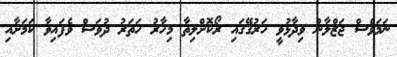
ނަމަވެސް ޖަޒްލާން ވިދާޅުވީ ހަރުގޭގައި ރޯކޮށްލިތާ މިހާރު ހަތަރު ދުވަސް ވެފައިވާ ކަމަށާއި